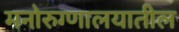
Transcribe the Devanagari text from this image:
मनोरुग्णालयातील